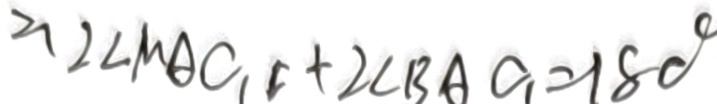
2 、 2 \angle M A C _ { 1 } + 2 \angle B A C _ { 1 } = 1 8 0 ^ { \circ }